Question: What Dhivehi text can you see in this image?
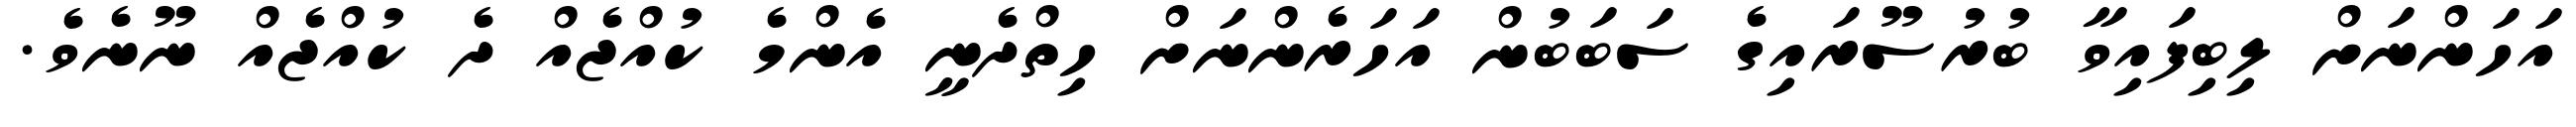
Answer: އަހަންނަށް ލިބިފައިވާ ބުރުސޫރައިގެ ސަބަބުން އަހަރެންނަށް ހިތްދެނީ އެންމެ ކުއްޖެއް ދެ ކުއްޖެއް ނޫނެވެ.